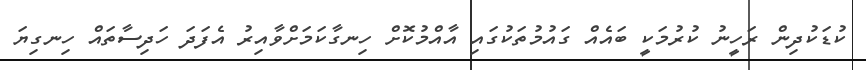
ކުޑަކުދިން ރަހީނު ކުރުމަކީ ބައެއް ގައުމުތަކުގައި އާއްމުކޮށް ހިނގާކަަމަށްވާއިރު އެފަދަ ހަދިސާތައް ހިނގިޔަ